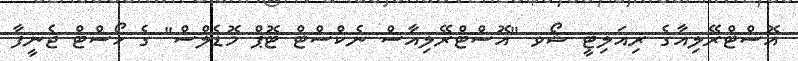
އޮސްޓްރޭލިއާގެ ރިއަލިޓީ ޝޯވ "އޮސްޓްރޭލިއާސް ނެކްސްޓް ޓޮޕް މޮޑެލްސް" ގެ ހޯސްޓް ޖެނީފާ